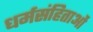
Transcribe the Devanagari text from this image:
धर्मसंहिताओं